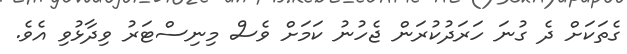
ގެތަކަށް ދެ ގުނަ ހަރަދުކުރަން ޖެހުނު ކަމަށް ވެސް މިނިސްޓަރު ވިދާޅުވި އެވެ.